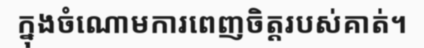
ក្នុងចំណោមការពេញចិត្តរបស់គាត់។